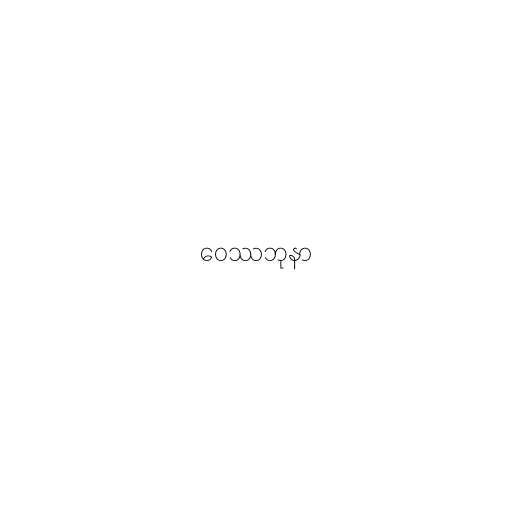
ဝေဿဘုနာ